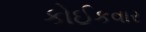
કોઈકવાર